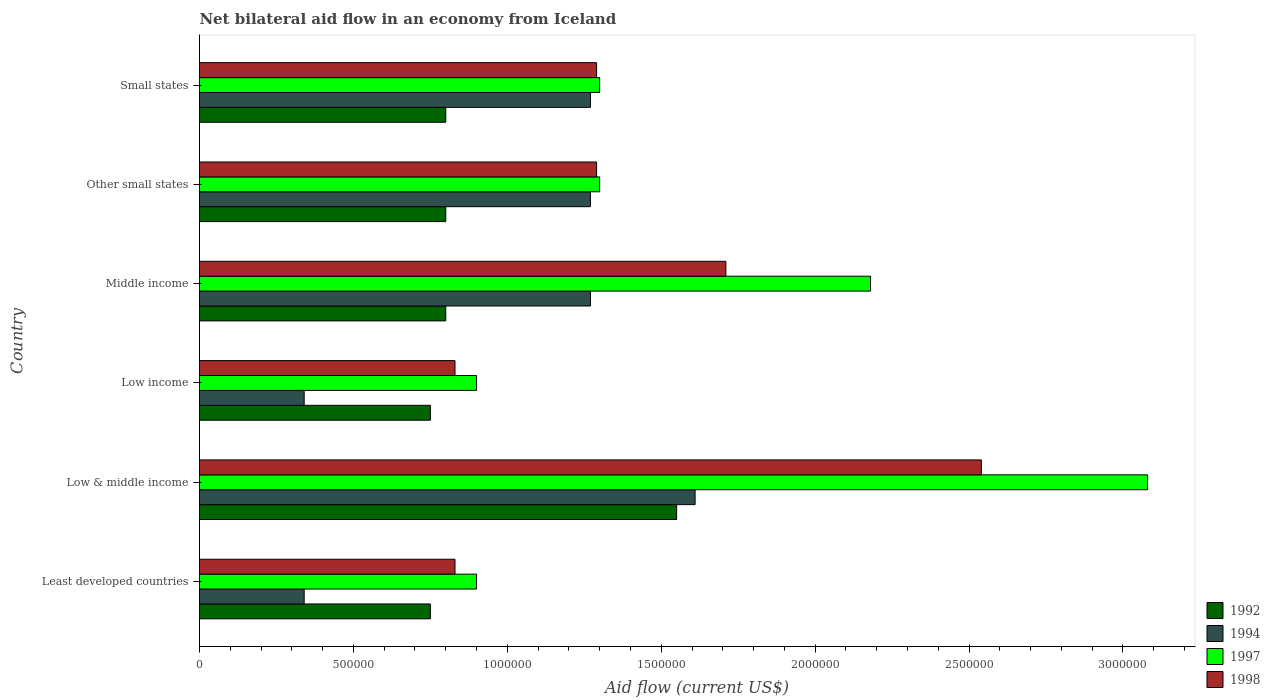
| Country | 1992 | 1994 | 1997 | 1998 |
 | --- | --- | --- | --- | --- |
 | Least developed countries | 7.5e+05 | 3.4e+05 | 9e+05 | 8.3e+05 |
 | Low & middle income | 1.55e+06 | 1.61e+06 | 3.08e+06 | 2.54e+06 |
 | Low income | 7.5e+05 | 3.4e+05 | 9e+05 | 8.3e+05 |
 | Middle income | 8e+05 | 1.27e+06 | 2.18e+06 | 1.71e+06 |
 | Other small states | 8e+05 | 1.27e+06 | 1.3e+06 | 1.29e+06 |
 | Small states | 8e+05 | 1.27e+06 | 1.3e+06 | 1.29e+06 |